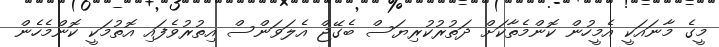
މީގެ މާނައަކީ އެމީހުން ކޮންމެތާކަށް ދަތުރުކުރިޔަސް ބެގޭޖް އެލަވަންސް އިތުރުވެފައި އޮތުމަކީ ކޮންމެހެން